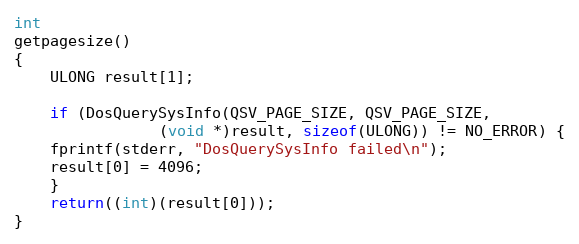
Language: C
int
getpagesize()
{
    ULONG result[1];

    if (DosQuerySysInfo(QSV_PAGE_SIZE, QSV_PAGE_SIZE,
		        (void *)result, sizeof(ULONG)) != NO_ERROR) {
	fprintf(stderr, "DosQuerySysInfo failed\n");
	result[0] = 4096;
    }
    return((int)(result[0]));
}